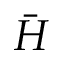
\bar { H }